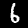
Digit: 6